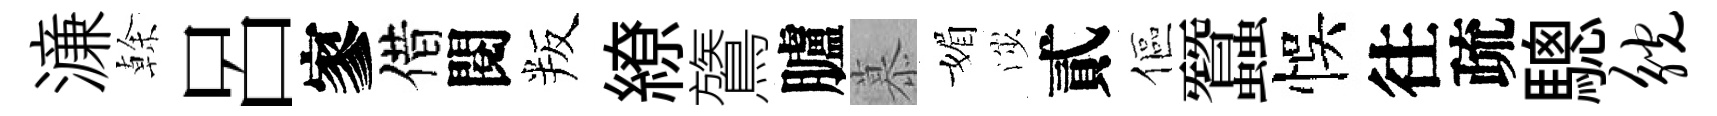
濓𠏉呂寥借閱叛繚鷟臚慕媚渉貳傴蠶悞往疏驄觥